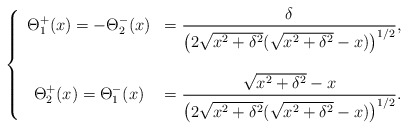
\begin{align*}\left\lbrace \begin{array}{cc} \Theta_1^+(x) =-\Theta_2^-(x)&= \dfrac{\delta}{\left(2\sqrt{x^2+\delta^2}(\sqrt{x^2+\delta^2}-x)\right)^{1/2}},\\ \\ \Theta_2^+(x) =\Theta_1^-(x) &= \dfrac{\sqrt{x^2+\delta^2}-x}{\left(2\sqrt{x^2+\delta^2}(\sqrt{x^2+\delta^2}-x)\right)^{1/2}}.\end{array}\right.\end{align*}